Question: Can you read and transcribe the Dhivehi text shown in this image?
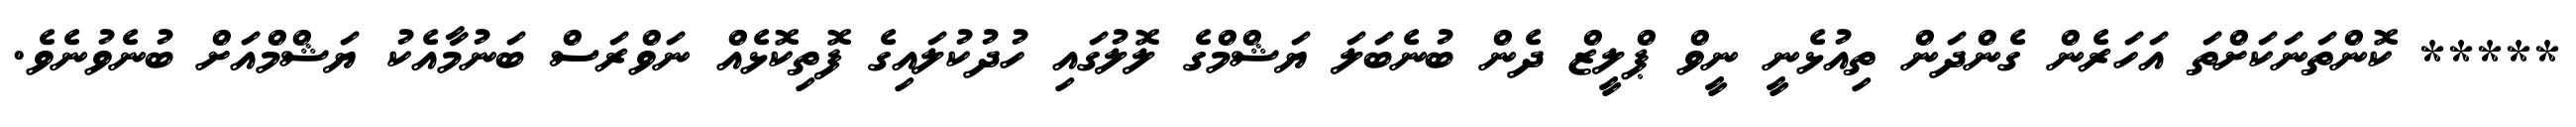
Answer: ***** ކޮންތަނަކަށްތަ އަހަރެން ގެންދަން ތިއުޅެނީ ނީވް ޕްލީޒް ދެން ބުނެބަލަ ޔަޝްމްގެ ލޮލުގައި ހުދުކުލައިގެ ފޮތިކޮޅެއް ނަވްރަސް ބަނުމާއެކު ޔަޝްމްއަށް ބުނެވުނެވެ.